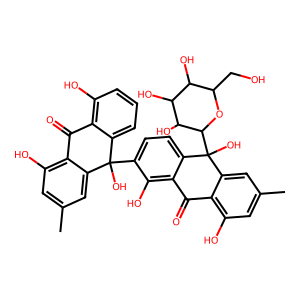
SMILES: Cc1cc(O)c2c(c1)C(O)(c1ccc3c(c1O)C(=O)c1c(O)cc(C)cc1C3(O)C1OC(CO)C(O)C(O)C1O)c1cccc(O)c1C2=O
Inhibits HIV replication: No